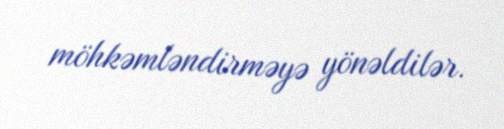
möhkəmləndirməyə yönəldilər.